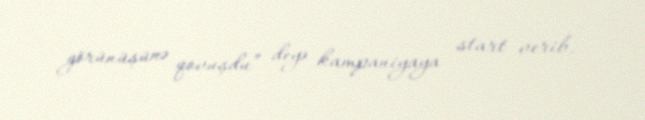
görünüşünə qovuşdu” deyə kampaniyaya start verib.